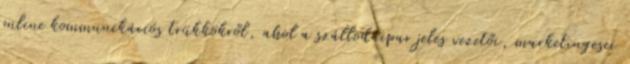
online kommunikációs trükkökről, ahol a szállodaipar jeles vezetői, marketingesei